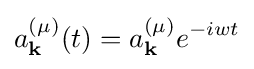
a_{\mathbf {k} }^{(\mu )}(t)=a_{\mathbf {k} }^{(\mu )}{{e}^{-iwt}}